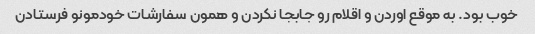
خوب بود. به موقع اوردن و اقلام رو جابجا نکردن و همون سفارشات خودمونو فرستادن